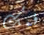
فمك